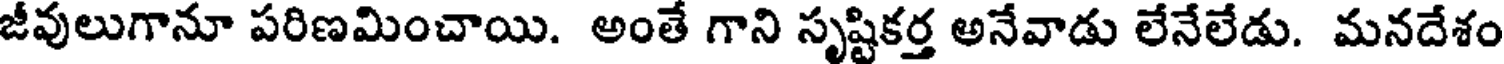
జీవులుగానూ పరిణమించాయి. అంతే గాని సృష్టికర్త అనేవాడు లేనేలేడు. మనదేశం